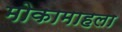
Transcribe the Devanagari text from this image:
मोकामाहला